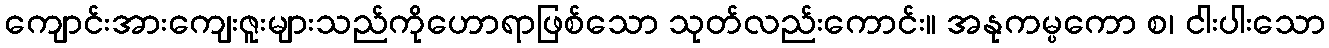
ကျောင်းအားကျေးဇူးများသည်ကိုဟောရာဖြစ်သော သုတ်လည်းကောင်း။ အနုကမ္ပကော စ၊ ငါးပါးသော